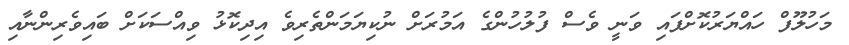
މަހުލޫފް ހައްޔަރުކޮށްފައި ވަނީ ވެސް ފުލުހުންގެ އަމުރަށް ނުކިޔަމަންތެރިވެ އިދިކޮޅު ވިއްސަކަށް ބައިވެރިންނާއި